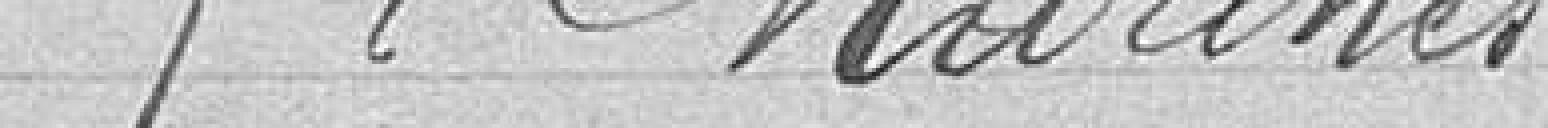
5°. Marchés